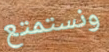
ونستمتع